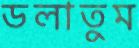
ডলাতুম